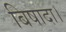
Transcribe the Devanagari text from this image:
बिषादा।